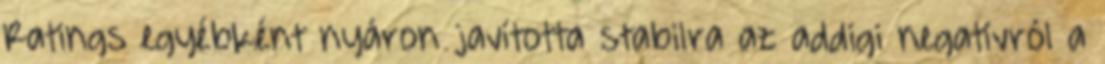
Ratings egyébként nyáron javította stabilra az addigi negatívról a